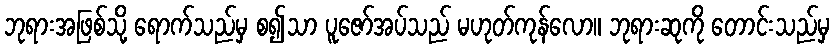
ဘုရားအဖြစ်သို့ ရောက်သည်မှ စ၍သာ ပူဇော်အပ်သည် မဟုတ်ကုန်လော။ ဘုရားဆုကို တောင်းသည်မှ